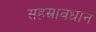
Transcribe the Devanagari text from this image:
सहस्रावधान